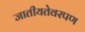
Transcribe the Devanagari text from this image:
जातीयतेवरपण